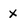
Character: X